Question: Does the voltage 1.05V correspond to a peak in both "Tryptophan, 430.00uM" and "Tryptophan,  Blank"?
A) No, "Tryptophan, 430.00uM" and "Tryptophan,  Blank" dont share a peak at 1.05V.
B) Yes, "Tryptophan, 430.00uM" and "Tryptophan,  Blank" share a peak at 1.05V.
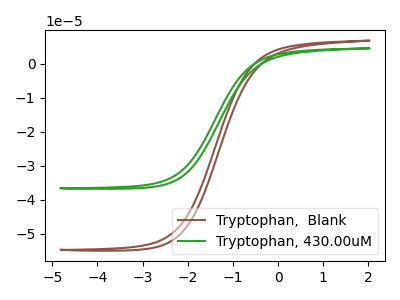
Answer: <think>The brown curve "Tryptophan,  Blank" has no peaks. The green curve "Tryptophan, 430.00uM" has no peaks.</think>
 <answer>A) No, "Tryptophan, 430.00uM" and "Tryptophan,  Blank" dont share a peak at 1.05V.</answer>
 <eval>A</eval>